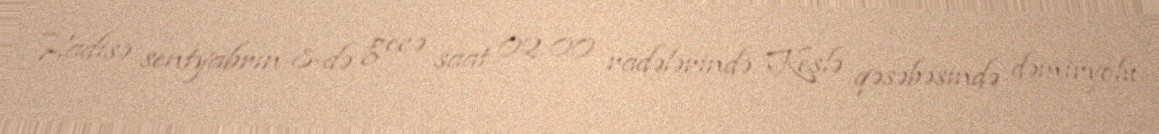
Hadisə sentyabrın 8-də gecə saat 02:00 radələrində Keşlə qəsəbəsində dəmiryolu